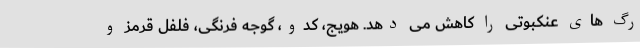
رگ های عنکبوتی را کاهش می دهد. هویج، کدو، گوجه فرنگی، فلفل قرمز و